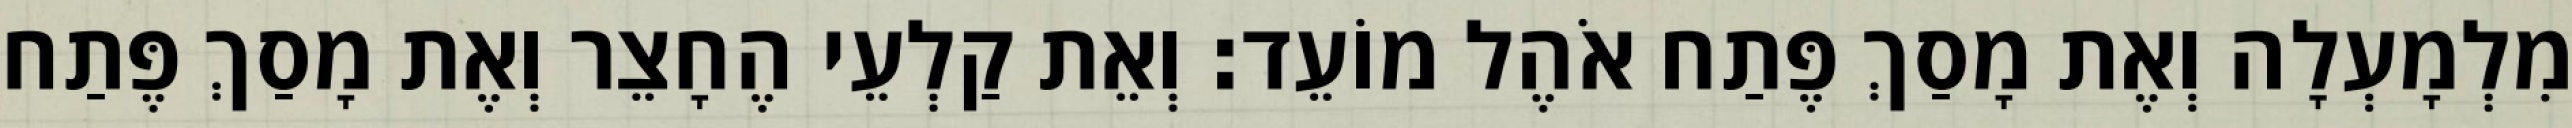
מִלְמָעְלָה וְאֶת מָסַךְ פֶּתַח אֹהֶל מוֹעֵד׃ וְאֵת קַלְעֵי הֶחָצֵר וְאֶת מָסַךְ פֶּתַח